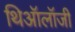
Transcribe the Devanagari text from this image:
थिऑलॉजी